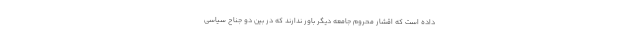
داده است که اقشار محروم جامعه دیگر باور ندارند که در بین دو جناح سیاسی